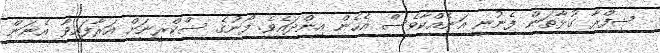
ޝިފްރާ ގުޅާތަން ފެނުނީ އަނެއްކާވެސް އެހެން އިންދައެވެ. ފޯނުގެ ސްކްރީނަށް އަރާފައިވާ އެނަން